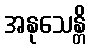
အနုသေန္တိ